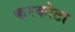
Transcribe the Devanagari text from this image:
करकोटा